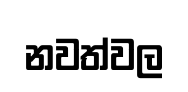
නවත්වල